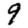
Digit: 9